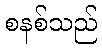
စနစ်သည်